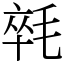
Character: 㲞